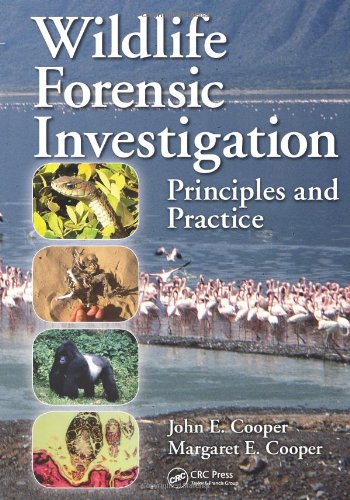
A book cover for Wildlife Forensic Investigation: Principles and Practice; John E. Cooper; Medical Books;